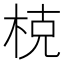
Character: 𣒖